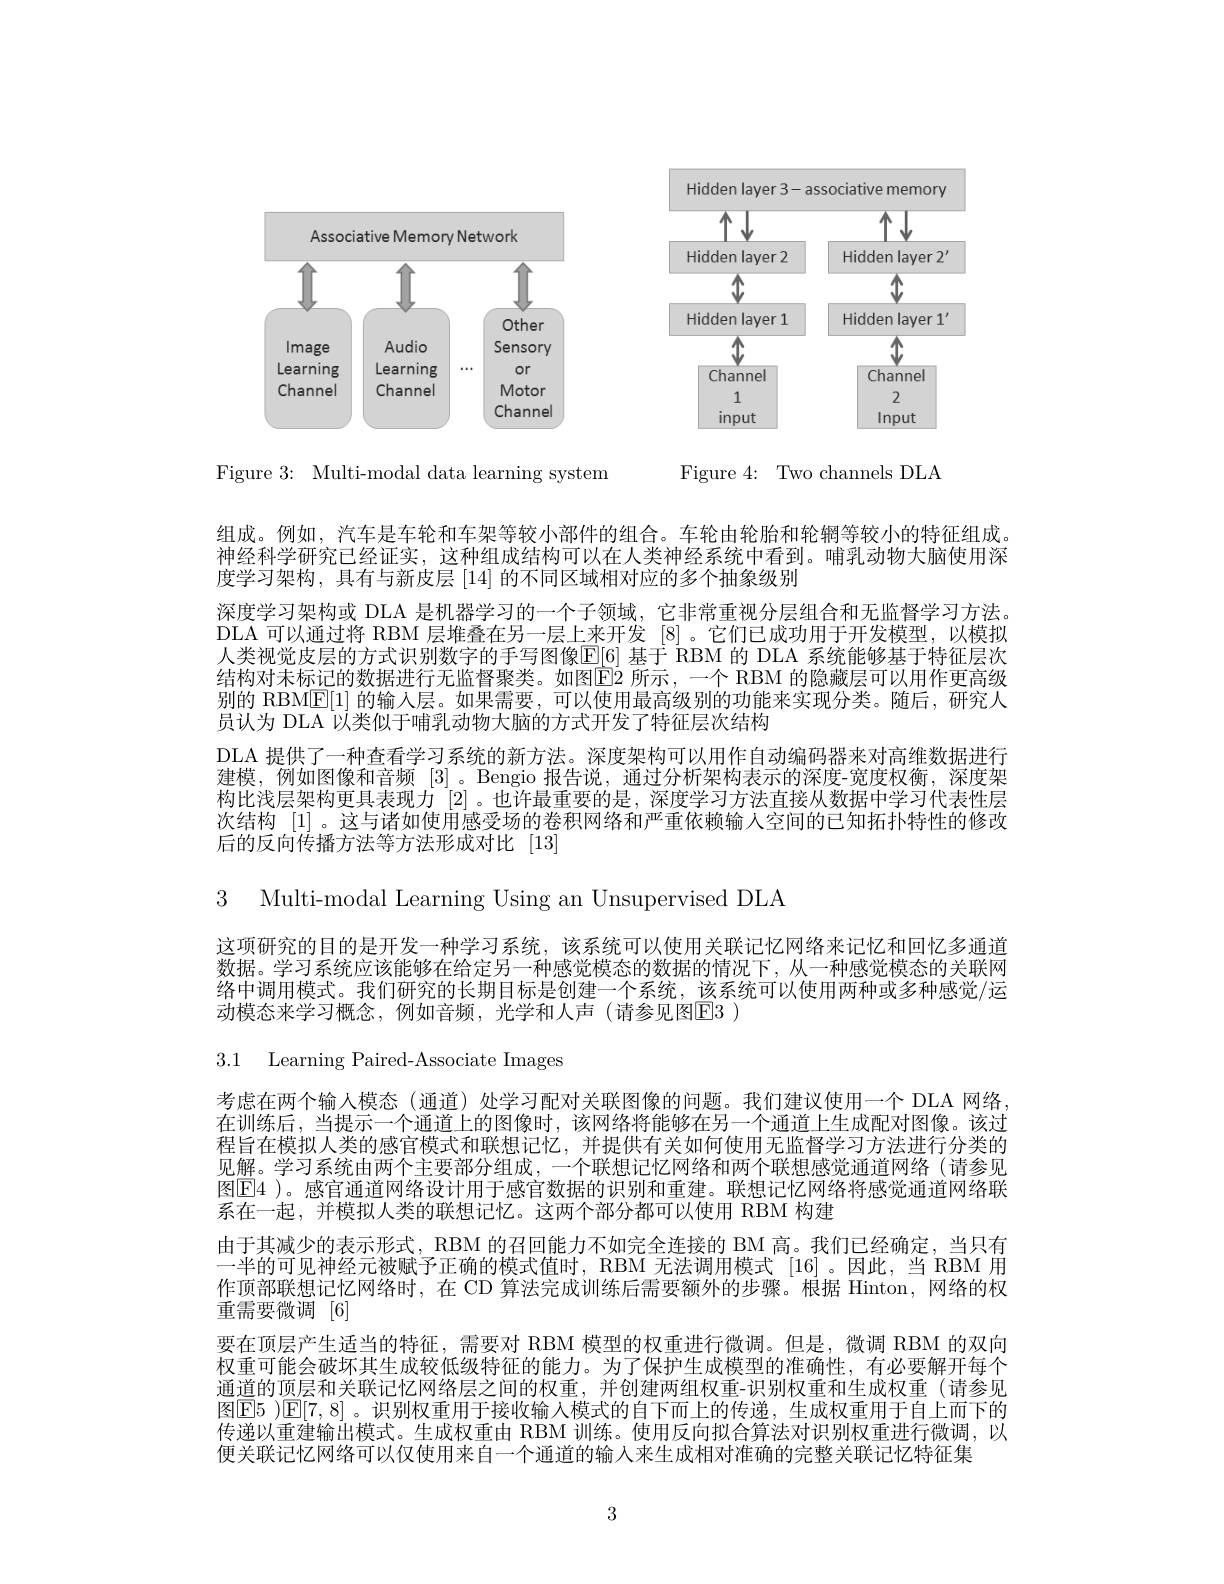
<FigureHere>

Figure 4: Two channels DLA

Figure 3: Multi-modal data learning system

组成。例如，汽车是车轮和车架等较小部件的组合。车轮由轮胎和轮辋等较小的特征组成。神经科学研究已经证实，这种组成结构可以在人类神经系统中看到。哺乳动物大脑使用深度学习架构，具有与新皮层[14]的不同区域相对应的多个抽象级别
深度学习架构或 DLA 是机器学习的一个子领域，它非常重视分层组合和无监督学习方法。DLA 可以通过将 RBM 层堆叠在另一层上来开发[8]。它们已成功用于开发模型，以模拟人类视觉皮层的方式识别数字的手写图像$\underline{\mathbb{E}}[6]$ 基于 RBM 的 DLA 系统能够基于特征层次结构对未标记的数据进行无监督聚类。如图$\hat{\mathbb{E}}$2 所示，一个 RBM 的隐藏层可以用作更高级别的 RBM$\underline{\mathbb{E}}[1]$的输入层。如果需要，可以使用最高级别的功能来实现分类。随后，研究人员认为 DLA 以类似于哺乳动物大脑的方式开发了特征层次结构
DLA 提供了一种查看学习系统的新方法。深度架构可以用作自动编码器来对高维数据进行建模，例如图像和音频[3] 。Bengio 报告说，通过分析架构表示的深度-宽度权衡，深度架构比浅层架构更具表现力[2] 。也许最重要的是，深度学习方法直接从数据中学习代表性层次结构 [1] 。这与诸如使用感受场的卷积网络和严重依赖输入空间的已知拓扑特性的修改后的反向传播方法等方法形成对比[13]

3 Multi-modal Learning Using an Unsupervised DLA

这项研究的目的是开发一种学习系统，该系统可以使用关联记忆网络来记忆和回忆多通道数据。学习系统应该能够在给定另一种感觉模态的数据的情况下，从一种感觉模态的关联网络中调用模式。我们研究的长期目标是创建一个系统，该系统可以使用两种或多种感觉/运动模态来学习概念，例如音频，光学和人声(请参见图$\overline{\mathrm{E}}3)$

3.1 Learning Paired-Associate Images

考虑在两个输人模态 (通道) 处学习配对关联图像的问题。我们建议使用一个 DLA 网络在训练后，当提示一个通道上的图像时，该网络将能够在另一个通道上生成配对图像。该过程旨在模拟人类的感官模式和联想记忆，并提供有关如何使用无监督学习方法进行分类的见解。学习系统由两个主要部分组成，一个联想记忆网络和两个联想感觉通道网络(请参见图$\boxed{\mathrm{E}}$4 )。感官通道网络设计用于感官数据的识别和重建。联想记忆网络将感觉通道网络联系在一起，并模拟人类的联想记忆。这两个部分都可以使用 RBM 构建
由于其减少的表示形式，RBM 的召回能力不如完全连接的 BM 高。我们已经确定，当只有一半的可见神经元被赋予正确的模式值时，RBM 无法调用模式 [16]。因此，当 RBM 用作顶部联想记忆网络时，在 CD 算法完成训练后需要额外的步骤。根据 Hinton, 网络的权重需要微调[6]
要在顶层产生适当的特征，需要对 RBM 模型的权重进行微调。但是，微调 RBM 的双向权重可能会破坏其生成较低级特征的能力。为了保护生成模型的准确性，有必要解开每个通道的顶层和关联记忆网络层之间的权重，并创建两组权重-识别权重和生成权重(请参见图$\mathbb{E}$5 )$\mathbb{E}[7,8]$。识别权重用于接收输入模式的自下而上的传递，生成权重用于自上而下的传递以重建输出模式。生成权重由 RBM 训练。使用反向拟合算法对识别权重进行微调，以便关联记忆网络可以仅使用来自一个通道的输入来生成相对准确的完整关联记忆特征集

3